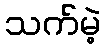
သက်မဲ့